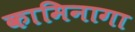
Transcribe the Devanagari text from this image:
कामिनागा